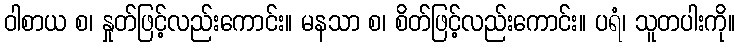
ဝါစာယ စ၊ နှုတ်ဖြင့်လည်းကောင်း။ မနသာ စ၊ စိတ်ဖြင့်လည်းကောင်း။ ပရံ၊ သူတပါးကို။